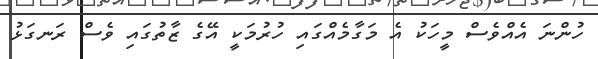
ހުންނަ އެއްވެސް މީހަކު އެ މަގާމެއްގައި ހުރުމަކީ އޭގެ ޒާތުގައި ވެސް ރަނގަޅު